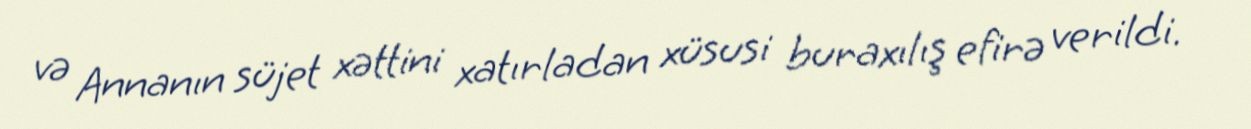
və Annanın süjet xəttini xatırladan xüsusi buraxılış efirə verildi.